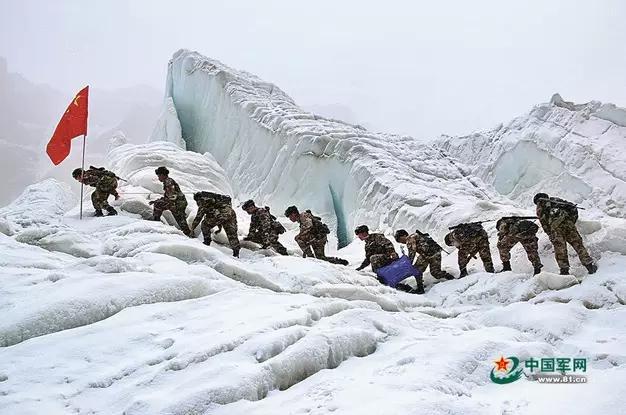
马毛带雪汗气蒸，五花连钱旋作冰，幕中草檄砚水凝。